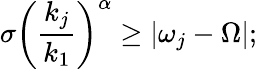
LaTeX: \sigma\left(\frac{k_{j}}{k_{1}}\right)^{\alpha}\geq\left|\omega_{j}-\Omega\right|;